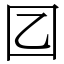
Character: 𡆠